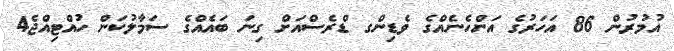
އުމުރުން 86 އަހަރުގެ އަންހެނެއްގެ ވެޑިންގ ޑްރެސްއަށް ގިނަ ބައެއްގެ ސަމާލުކަން ހުއްޓިއްޖެ4